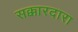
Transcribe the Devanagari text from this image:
सक्कारदारा